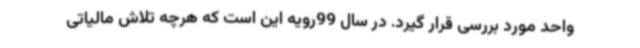
واحد مورد بررسی قرار گیرد. در سال 99رویه این است که هرچه تلاش مالیاتی